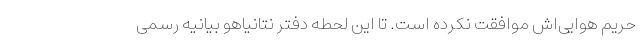
حریم هوایی‌اش موافقت نکرده است. تا این لحطه دفتر نتانیاهو بیانیه رسمی